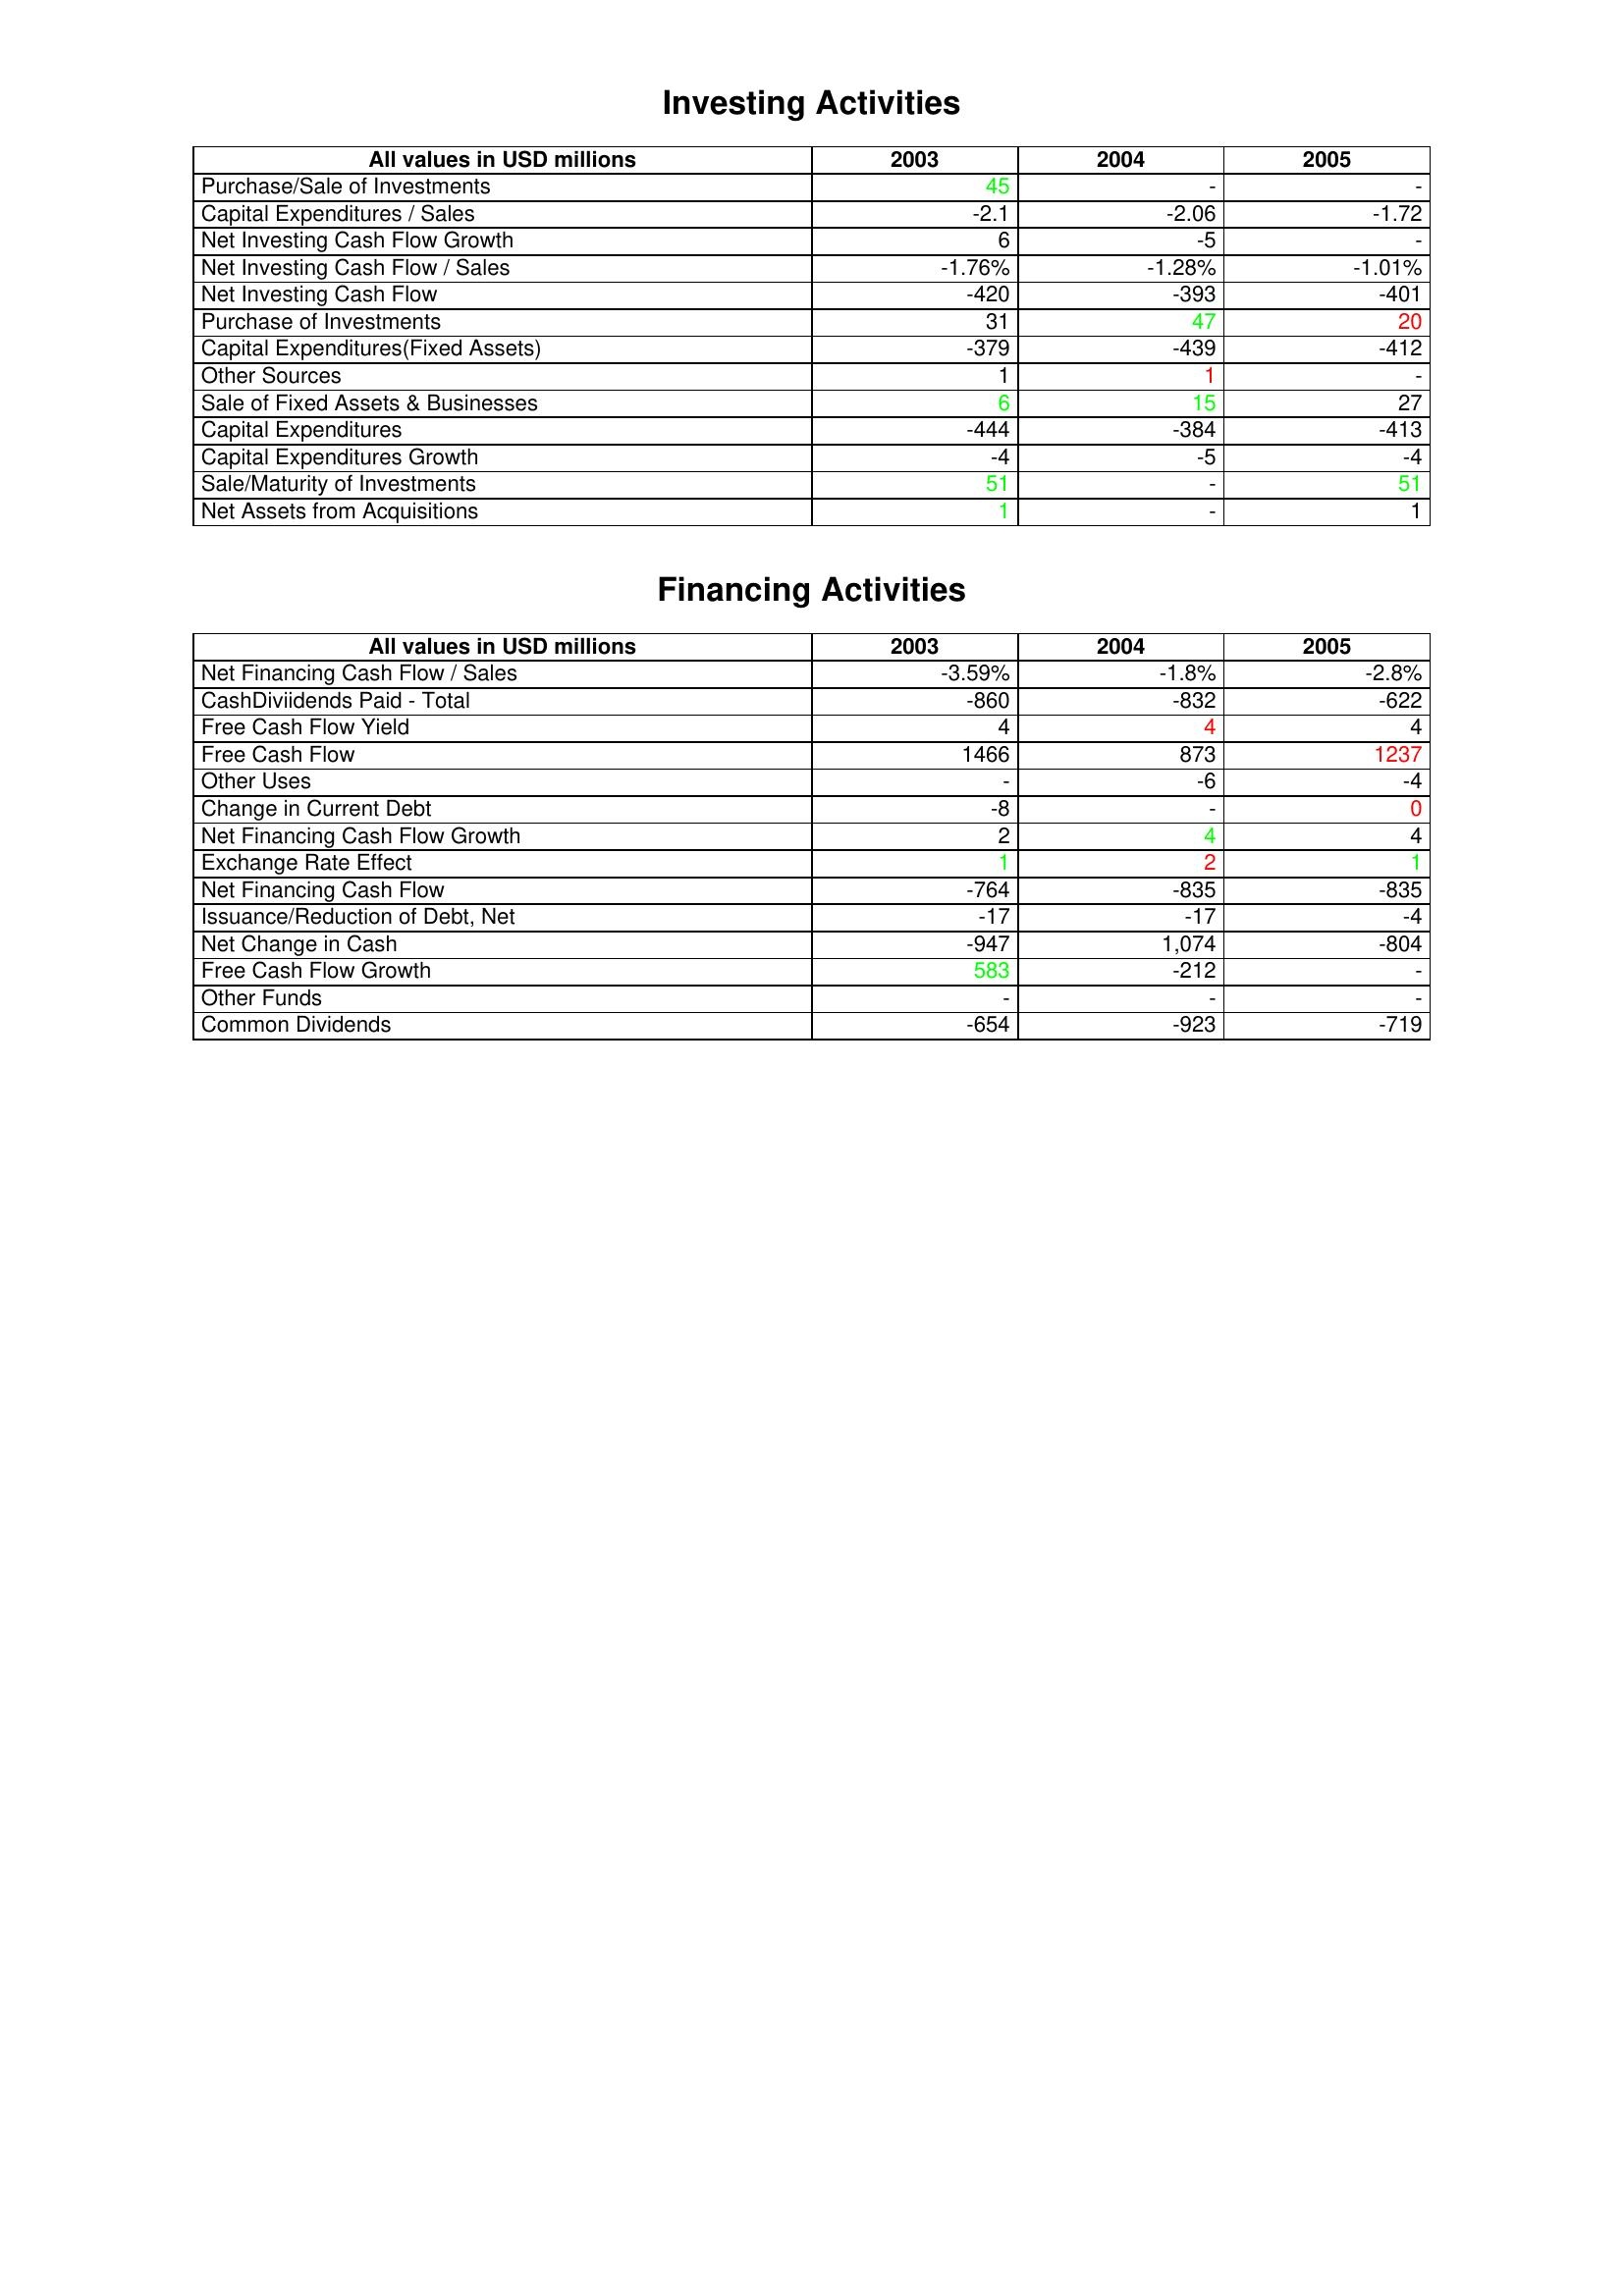
gt_parse: 2003: Investing Activities: Purchase/Sale of Investments: 45
Capital Expenditures / Sales: -2.1
Net Investing Cash Flow Growth: 6
Net Investing Cash Flow / Sales: -1.76%
Net Investing Cash Flow: -420
Purchase of Investments: 31
Capital Expenditures(Fixed Assets): -379
Other Sources: 1
Sale of Fixed Assets & Businesses: 6
Capital Expenditures: -444
Capital Expenditures Growth: -4
Sale/Maturity of Investments: 51
Net Assets from Acquisitions: 1
Financing Activities: Net Financing Cash Flow / Sales: -3.59%
CashDiviidends Paid - Total: -860
Free Cash Flow Yield: 4
Free Cash Flow: 1466
Other Uses: -
Change in Current Debt: -8
Net Financing Cash Flow Growth: 2
Exchange Rate Effect: 1
Net Financing Cash Flow: -764
Issuance/Reduction of Debt, Net: -17
Net Change in Cash: -947
Free Cash Flow Growth: 583
Other Funds: -
Common Dividends: -654
2004: Investing Activities: Purchase/Sale of Investments: -
Capital Expenditures / Sales: -2.06
Net Investing Cash Flow Growth: -5
Net Investing Cash Flow / Sales: -1.28%
Net Investing Cash Flow: -393
Purchase of Investments: 47
Capital Expenditures(Fixed Assets): -439
Other Sources: 1
Sale of Fixed Assets & Businesses: 15
Capital Expenditures: -384
Capital Expenditures Growth: -5
Sale/Maturity of Investments: -
Net Assets from Acquisitions: -
Financing Activities: Net Financing Cash Flow / Sales: -1.8%
CashDiviidends Paid - Total: -832
Free Cash Flow Yield: 4
Free Cash Flow: 873
Other Uses: -6
Change in Current Debt: -
Net Financing Cash Flow Growth: 4
Exchange Rate Effect: 2
Net Financing Cash Flow: -835
Issuance/Reduction of Debt, Net: -17
Net Change in Cash: 1,074
Free Cash Flow Growth: -212
Other Funds: -
Common Dividends: -923
2005: Investing Activities: Purchase/Sale of Investments: -
Capital Expenditures / Sales: -1.72
Net Investing Cash Flow Growth: -
Net Investing Cash Flow / Sales: -1.01%
Net Investing Cash Flow: -401
Purchase of Investments: 20
Capital Expenditures(Fixed Assets): -412
Other Sources: -
Sale of Fixed Assets & Businesses: 27
Capital Expenditures: -413
Capital Expenditures Growth: -4
Sale/Maturity of Investments: 51
Net Assets from Acquisitions: 1
Financing Activities: Net Financing Cash Flow / Sales: -2.8%
CashDiviidends Paid - Total: -622
Free Cash Flow Yield: 4
Free Cash Flow: 1237
Other Uses: -4
Change in Current Debt: 0
Net Financing Cash Flow Growth: 4
Exchange Rate Effect: 1
Net Financing Cash Flow: -835
Issuance/Reduction of Debt, Net: -4
Net Change in Cash: -804
Free Cash Flow Growth: -
Other Funds: -
Common Dividends: -719